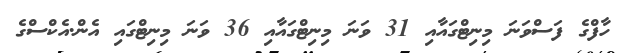
ހާފްގެ ފަސްވަނަ މިނިޓްގައާއި 31 ވަނަ މިނިޓްގައާއި 36 ވަނަ މިނިޓްގައި އެން.އެކްސްގެ